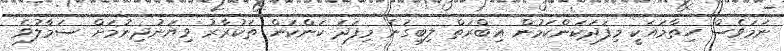
ނަމަވެސް ހިތާމައަކީ މިފަދަކަންކަމުން ޢިބްރަތް ލިބިގަނެ މިފަދަ ކަންކަން ތަކުރާރު ވިޔަނުދިނުމަށް ސަމާލުވެ